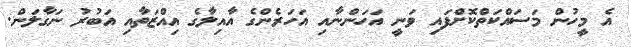
އެ މީހުން މަސައްކަތްކޮށްފައި ވަނީ އަހަންނާއި އަހަރެންގެ އާއިލާގެ އިއްޒަތާއި އަބުރު ނަގާލަން.